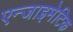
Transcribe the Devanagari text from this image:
एन्जाइमेटिक